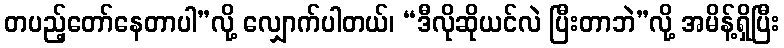
တပည့်တော်နေတာပါ”လို့ လျှောက်ပါတယ်၊ “ဒီလိုဆိုယင်လဲ ပြီးတာဘဲ”လို့ အမိန့်ရှိပြီး